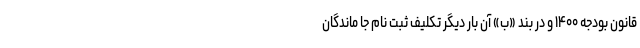
قانون بودجه ۱۴۰۰ و در بند «ب» آن بار دیگر تکلیف ثبت نام جا ماندگان